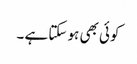
کوئی بھی ہو سکتا ہے ۔